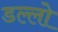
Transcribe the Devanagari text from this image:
डल्लो